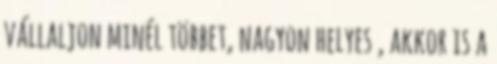
vállaljon minél többet, nagyon helyes , akkor is a